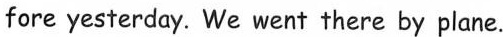
fore yesterday. We went there by plane.